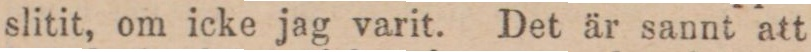
slitit, om icke jag varit. Det är sannt att